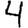
Digit: 4